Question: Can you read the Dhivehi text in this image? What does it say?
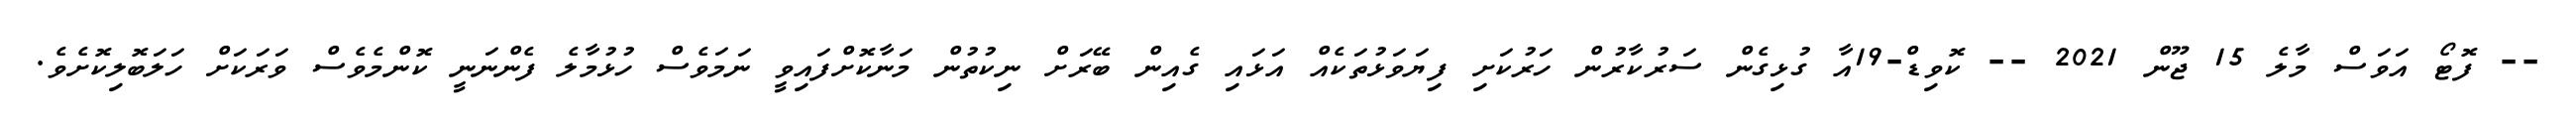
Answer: -- ފޮޓޯ އަވަސް މާލެ 15 ޖޫން 2021 -- ކޮވިޑް-19އާ ގުޅިގެން ސަރުކާރުން ހަރުކަށި ފިޔަވަޅުތަކެއް އަޅައި ގެއިން ބޭރަށް ނިކުތުން މަނާކޮށްފައިވީ ނަމަވެސް ހުޅުމާލެ ފެންނަނީ ކޮންމެވެސް ވަރަކަށް ހަލަބޮލިކޮށެވެ.